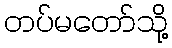
တပ်မတော်သို့